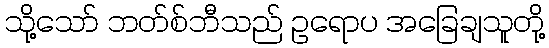
သို့သော် ဘတ်စ်ဘီသည် ဥရောပ အခြေချသူတို့